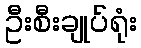
ဦးစီးချုပ်ရုံး